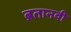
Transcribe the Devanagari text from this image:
ब्रतानवी